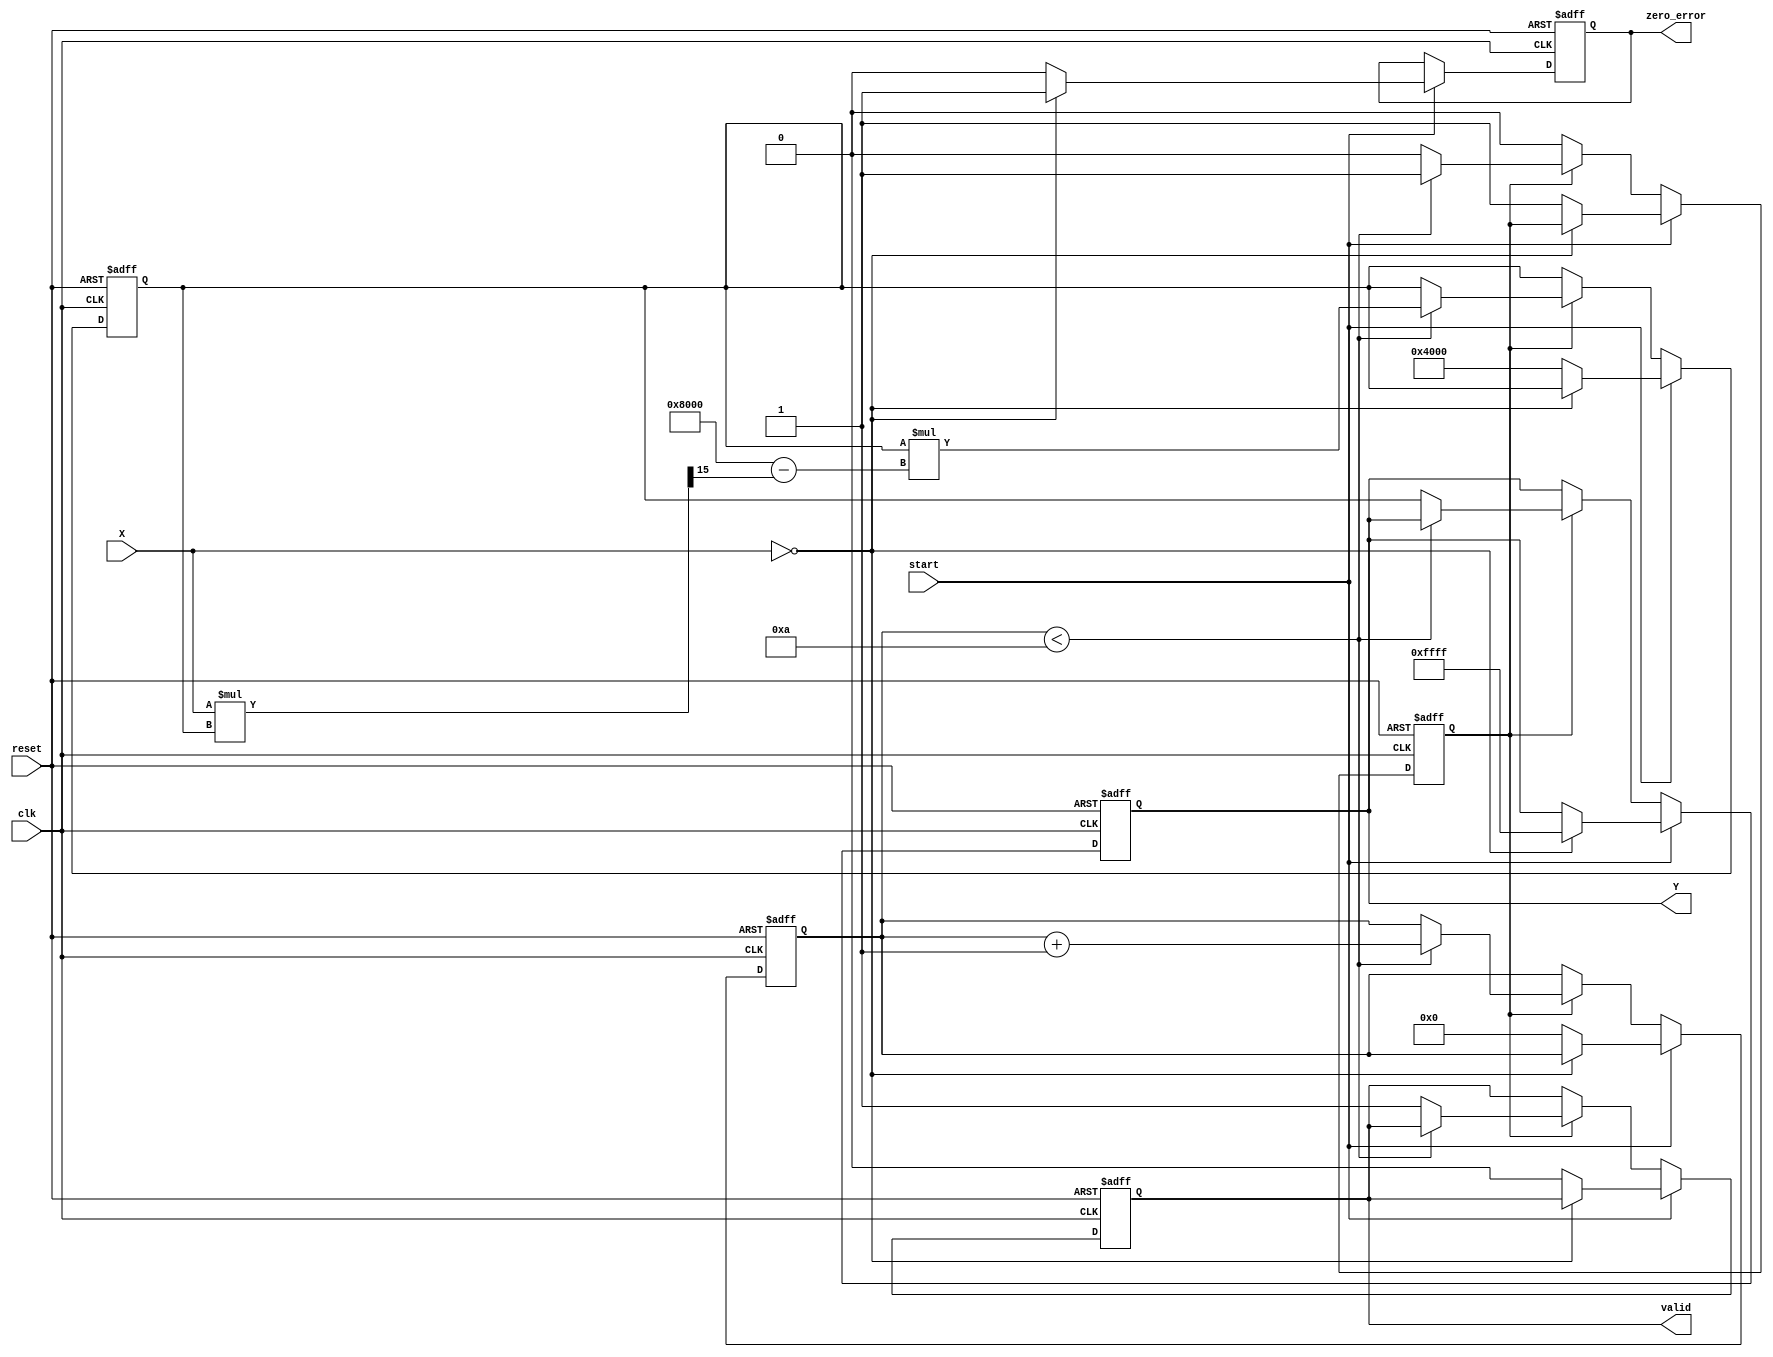
module DirectReciprocalUnit (
    input wire clk,
    input wire reset,
    input wire start,
    input wire [15:0] X,         // Fixed-point input (16 bits)
    output reg [15:0] Y,         // Output reciprocal (16 bits)
    output reg valid,            // Output valid flag
    output reg zero_error        // Zero division error flag
);

    parameter MAX_ITER = 10;       // Maximum iterations for Newton-Raphson
    reg [15:0] approx;              // Current approximation of the reciprocal
    reg [3:0] iteration;            // Iteration counter
    reg computing;                  // Flag to indicate computation

    always @(posedge clk or posedge reset) begin
        if (reset) begin
            Y <= 16'b0;
            valid <= 1'b0;
            zero_error <= 1'b0;
            approx <= 16'b0;
            iteration <= 4'b0;
            computing <= 1'b0;
        end else if (start) begin
            if (X == 16'b0) begin
                // Set error flags for division by zero
                zero_error <= 1'b1;
                Y <= 16'hFFFF;  // Predefined value for infinity or error
            end else begin
                // Clear error flag and start computation
                zero_error <= 1'b0;
                approx <= 16'h4000; // Initial approximation (1.0 in fixed-point)
                iteration <= 4'b0;
                computing <= 1'b1;
                valid <= 1'b0;
            end
        end else if (computing) begin
            // Newton-Raphson iteration: approx = approx * (2 - X * approx)
            if (iteration < MAX_ITER) begin
                approx <= approx * (16'h8000 - (X * approx >> 15)); // Shift to maintain precision
                iteration <= iteration + 1;
            end else begin
                // Finish computation
                Y <= approx;
                valid <= 1'b1;
                computing <= 1'b0;
            end
        end
    end

endmodule